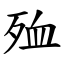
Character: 殈